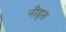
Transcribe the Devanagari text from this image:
नीड्ल